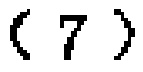
$(7)$